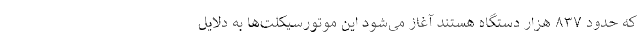
که حدود ۸۳۷ هزار دستگاه‌ هستند آغاز می‌شود این موتورسیکلت‌ها به دلایل